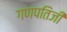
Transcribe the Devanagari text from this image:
गणपतिजी